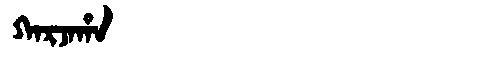
Manchu: ᡴᠠᡵᠵᠠᡥᠠ
Romanization: KARJAHA